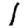
Digit: 1